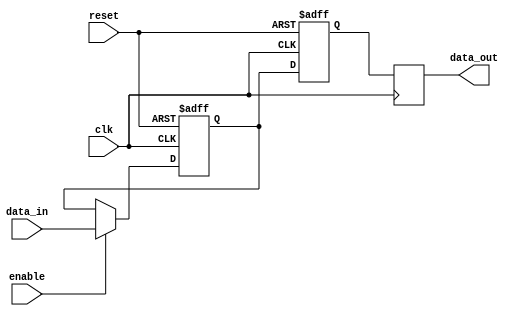
module sequential_logic_block (
    input wire clk,
    input wire reset,
    input wire enable,
    input wire data_in,
    output reg data_out
);

reg latch_data;
reg flip_flop_data;

always @ (posedge clk or posedge reset) begin
    if (reset) begin
        latch_data <= 1'b0;
        flip_flop_data <= 1'b0;
    end else begin
        if (enable) begin
            latch_data <= data_in;
        end
        flip_flop_data <= latch_data;
    end
end

always @ (posedge clk) begin
    data_out <= flip_flop_data;
end

endmodule